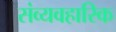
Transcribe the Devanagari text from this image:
संव्यवहारिक